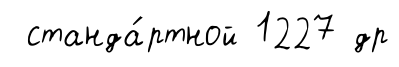
станда́ртной 1227 др